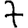
Digit: 7